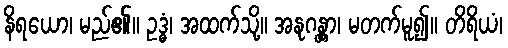
နိရယော၊ မည်၏။ ဥဒ္ဓံ၊ အထက်သို့။ အနုဂန္တွာ၊ မတက်မူ၍။ တိရိယံ၊